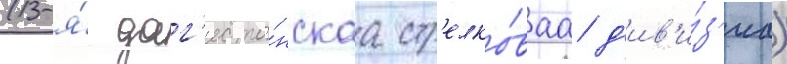
(13-я́ даг'еста́нскаа стр'елко́ваа д'ив'и́з'иа)